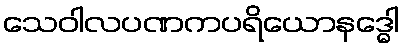
သေဝါလပဏကပရိယောနဒ္ဓေါ